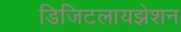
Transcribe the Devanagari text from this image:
डिजिटलायझेशन